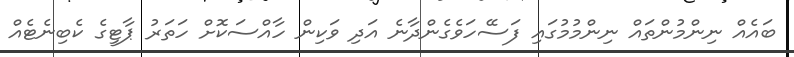
ބައެއް ނިންމުންތައް ނިންމުމުގައި ފަސޭހަވެގެންދާނެ އަދި ވަކިން ހާއްސަކޮށް ހަތަރު ޕާޓީގެ ކެބިނެޓެއް